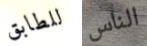
للطابق الناس